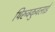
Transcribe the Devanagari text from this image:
थिरुक्कुवलाई